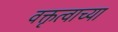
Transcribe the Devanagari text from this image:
वक्तृत्वाच्या